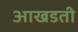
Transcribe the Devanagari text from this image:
आखडती